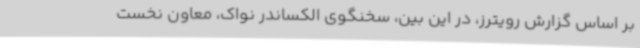
بر اساس گزارش رویترز، در این بین، سخنگوی الکساندر نواک، معاون نخست